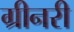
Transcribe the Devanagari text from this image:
ग्रीनरी